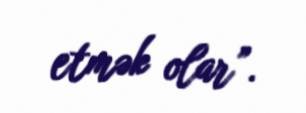
etmək olar”.